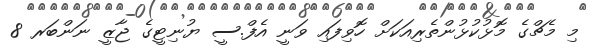
މި މެޗްގެ މޮޅުކުޅުންތެރިއަކަށް ހޮވިފައި ވަނީ އެފް.ސީ ޔުނިޓީގެ ޖާޒީ ނަންބަރ 8